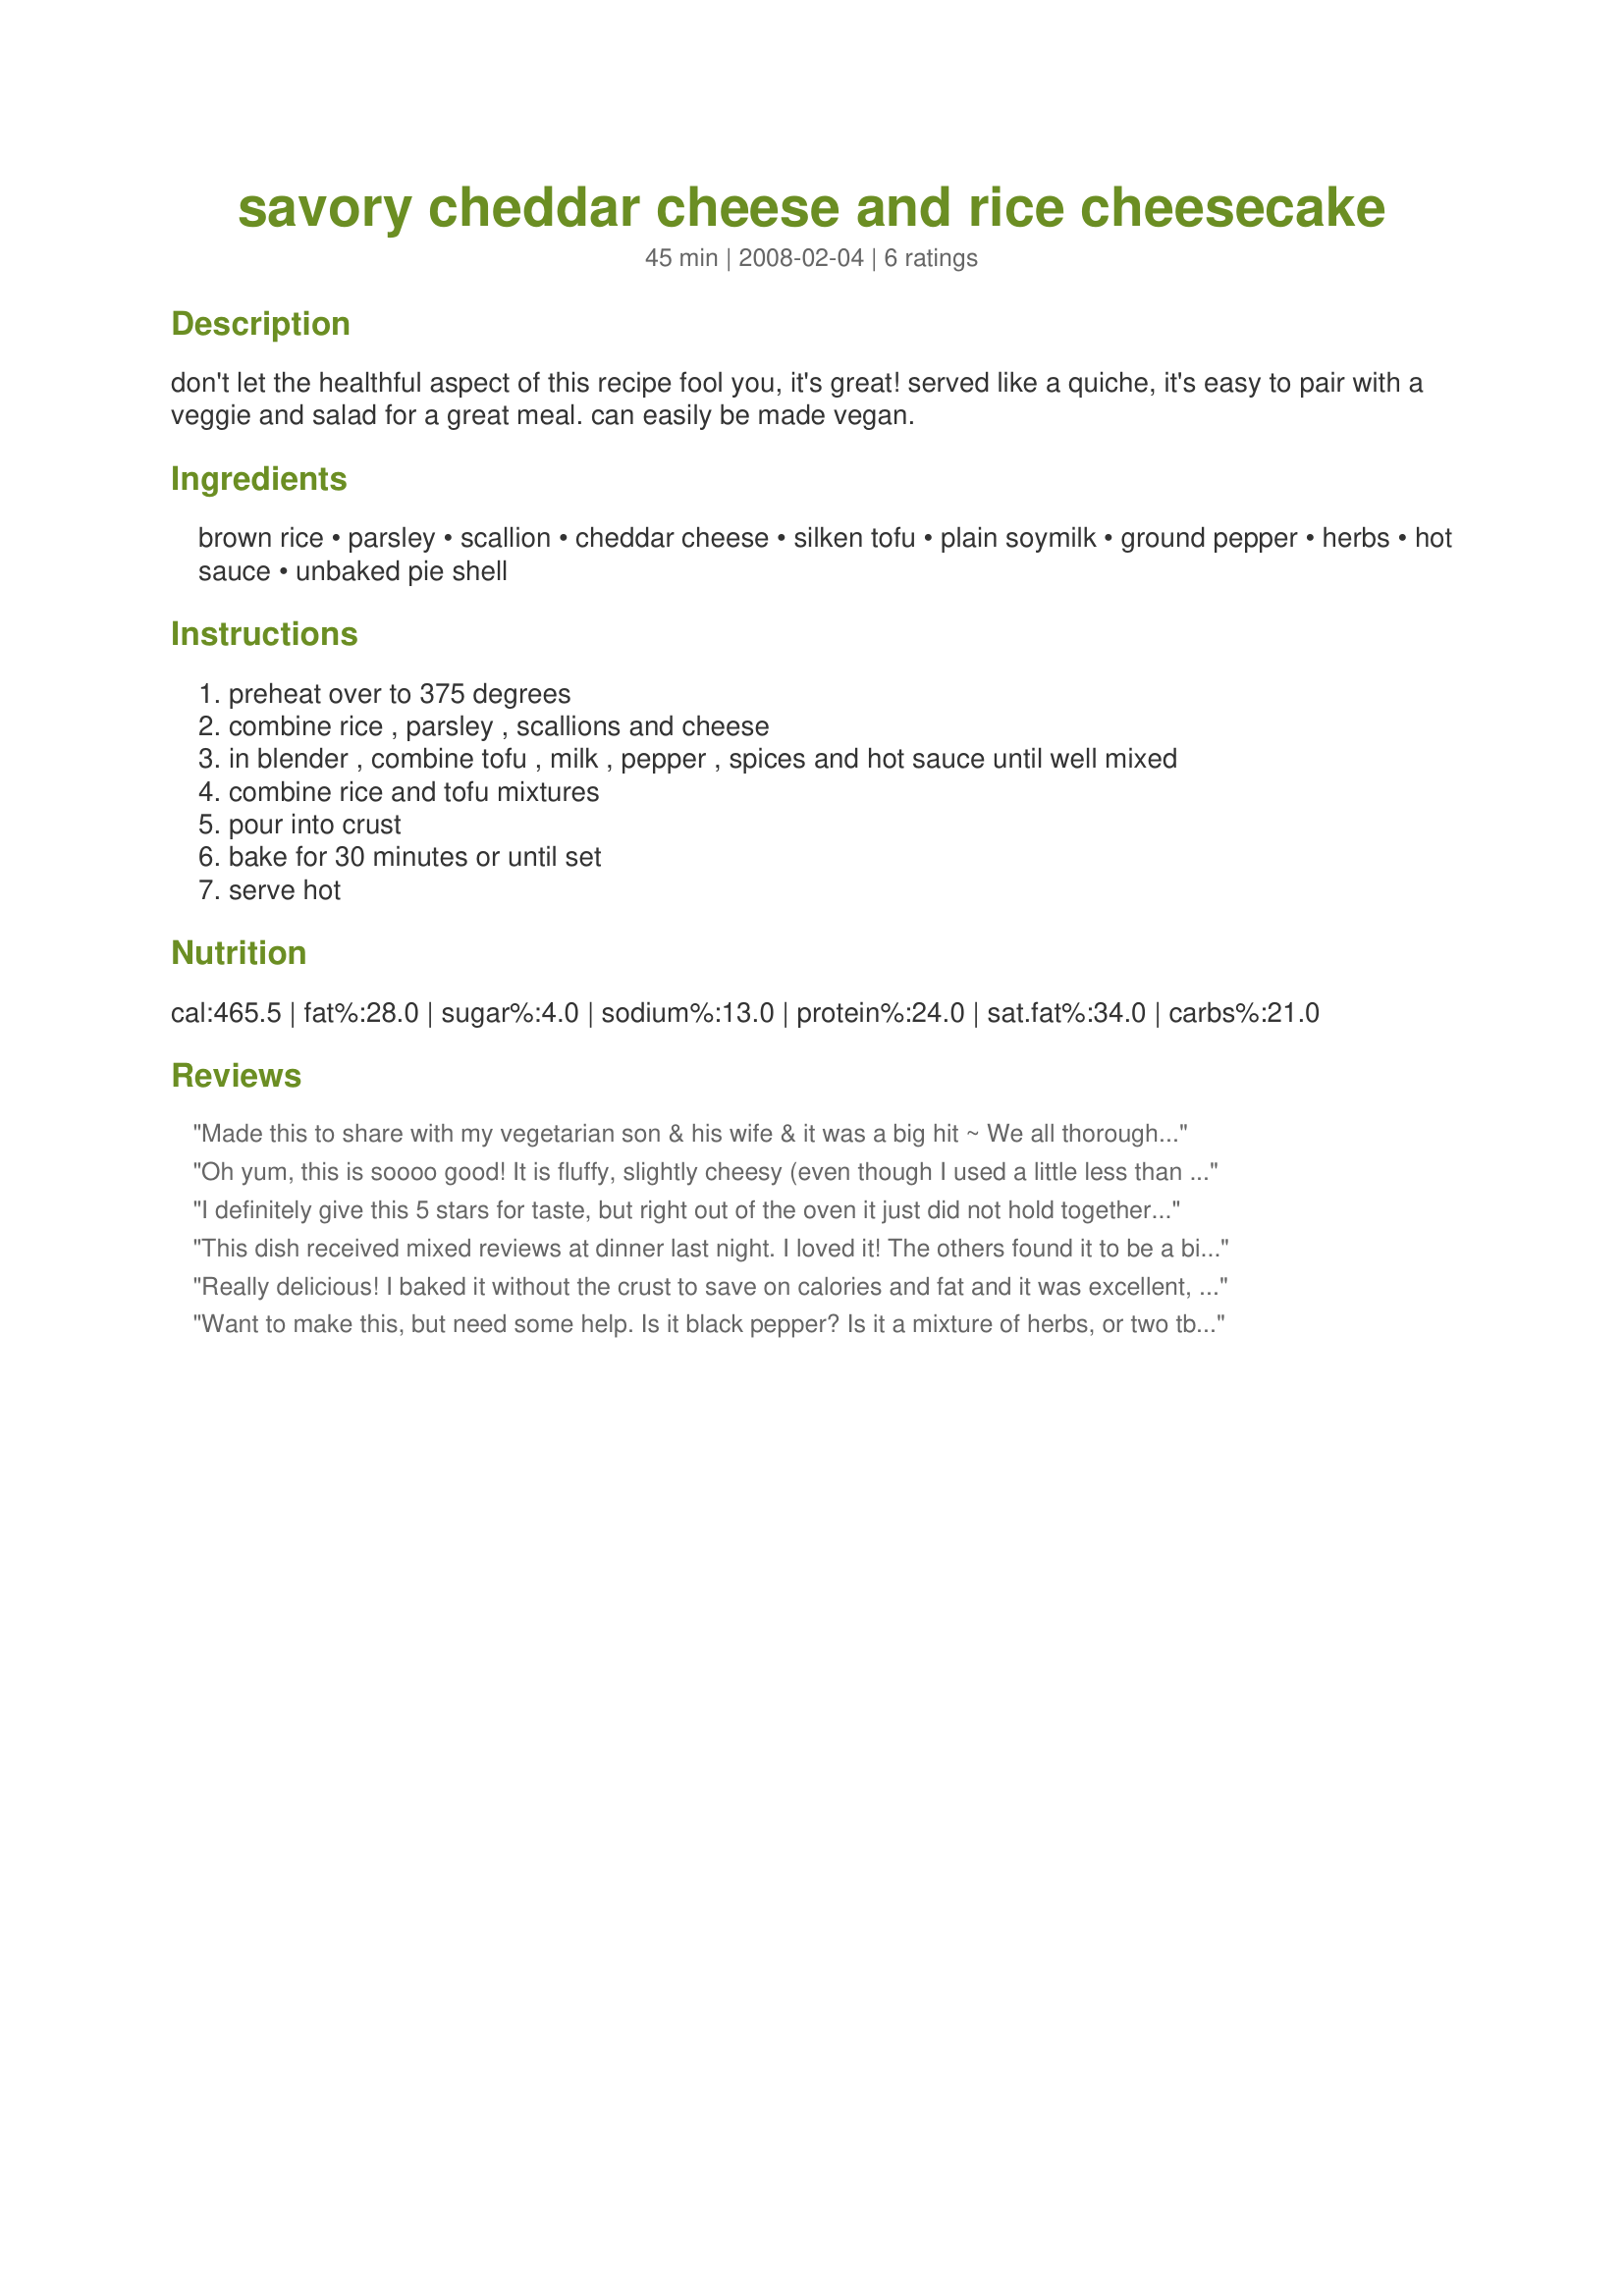
savory cheddar cheese and rice cheesecake
Preparation time: 45 minutes

don't let the healthful aspect of this recipe fool you, it's great! served like a quiche, it's easy to pair with a veggie and salad for a great meal. can easily be made vegan.

Ingredients:
brown rice, parsley, scallion, cheddar cheese, silken tofu, plain soymilk, ground pepper, herbs, hot sauce, unbaked pie shell

Steps:
preheat over to 375 degrees
combine rice , parsley , scallions and cheese
in blender , combine tofu , milk , pepper , spices and hot sauce until well mixed
combine rice and tofu mixtures
pour into crust
bake for 30 minutes or until set
serve hot

Reviews:
Made this to share with my vegetarian son & his wife & it was a big hit ~ We all thoroughly enjoyed it, with the 4 of us devouring most of it during 1 meal! I don't use soy a lot, but it worked out just fine in this recipe! Thanks for sharing this very nice recipe! [Made & reviewed as a recipenap in the Vegetarian/Vegan Recipe Swap 20]
Oh yum, this is soooo good! It is fluffy, slightly cheesy (even though I used a little less than what was called for) and has a great crust on top. Everyone loved this. The raw onion (I used a regular one) got really sweet during the baking and that was such a nice touch. YUM!<br/>As we were a little short on time we skipped the bottom crust, but Im sure it would have been a nice addition.<br/>THANK YOU SO MUCH for sharing this keeper with us, WICC! :)<br/>Made and reviewed for your being VIP during Veggie Swap #38 September 2011.
I definitely give this 5 stars for taste, but right out of the oven it just did not hold together, unfortunately. However by the next day it had firmed up quite a bit. I used regular cheese and some low-fat milk, and the scallions instead of onion. The 6 grain Japanese rice I used in this was great! I served with extra hot sauce. Looking forward to the leftovers for lunch. Thanks! Made for March 2010 veggie swap.
This dish received mixed reviews at dinner last night. I loved it! The others found it to be a bit too spicy for their taste. I used fresh parsley from my garden, onion, medium cheddar and milk to prepare this. Thanks for sharing. Made for Veggie Swap 25.
Really delicious! I baked it without the crust to save on calories and fat and it was excellent, but I bet it would be fantastic with the crust. After reading past reviews I decided to make it a day in advance and it held together really well. Thanks for sharing the keeper recipe.
Want to make this, but need some help. Is it black pepper? Is it a mixture of herbs, or two tbsps. of each. Please help!!
